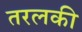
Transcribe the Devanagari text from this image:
तरलकी